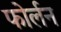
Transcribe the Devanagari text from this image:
फोर्लन